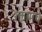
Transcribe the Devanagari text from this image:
रक्तामधे